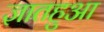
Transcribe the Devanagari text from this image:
ज्ञातहुआ